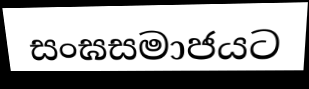
සංඝසමාජයට